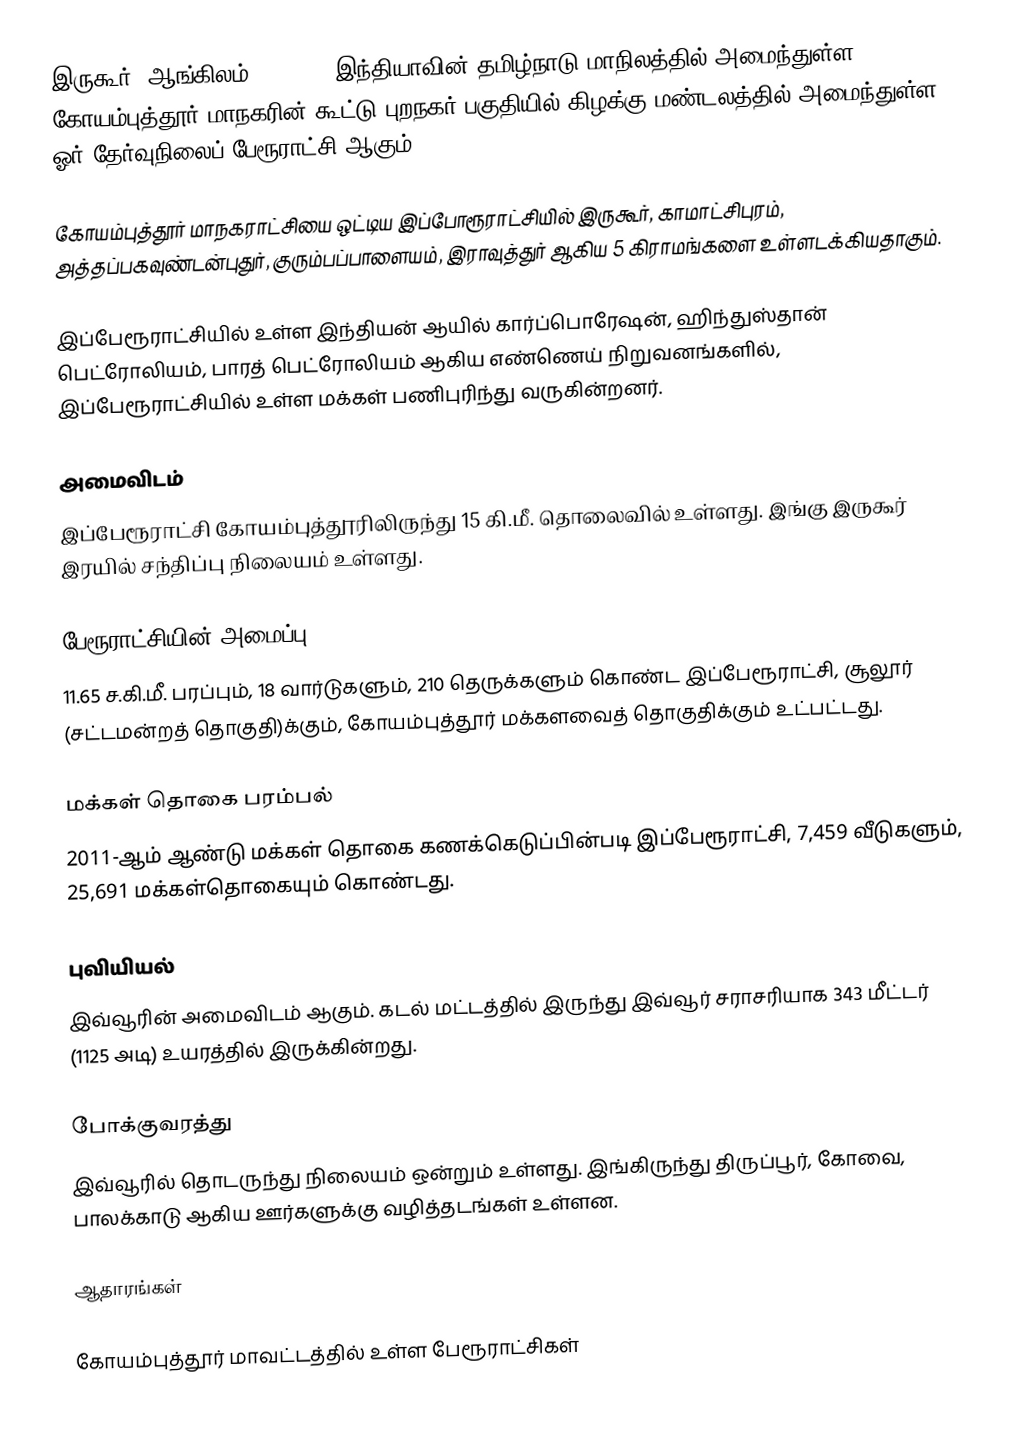
இருகூர் (ஆங்கிலம்:Irugur), இந்தியாவின் தமிழ்நாடு மாநிலத்தில் அமைந்துள்ள கோயம்புத்தூர் மாநகரின் கூட்டு புறநகர் பகுதியில் கிழக்கு மண்டலத்தில் அமைந்துள்ள ஓர் தேர்வுநிலைப் பேரூராட்சி ஆகும்.

கோயம்புத்தூர் மாநகராட்சியை ஒட்டிய இப்போரூராட்சியில் இருகூர், காமாட்சிபுரம், அத்தப்பகவுண்டன்புதுர், குரும்பப்பாளையம், இராவுத்துர் ஆகிய 5 கிராமங்களை உள்ளடக்கியதாகும்.

இப்பேரூராட்சியில் உள்ள இந்தியன் ஆயில் கார்ப்பொரேஷன், ஹிந்துஸ்தான் பெட்ரோலியம், பாரத் பெட்ரோலியம் ஆகிய எண்ணெய் நிறுவனங்களில், இப்பேரூராட்சியில் உள்ள மக்கள் பணிபுரிந்து வருகின்றனர்.

அமைவிடம்
இப்பேரூராட்சி கோயம்புத்தூரிலிருந்து 15 கி.மீ. தொலைவில் உள்ளது. இங்கு இருகூர் இரயில் சந்திப்பு நிலையம் உள்ளது.

பேரூராட்சியின் அமைப்பு
11.65 ச.கி.மீ. பரப்பும், 18 வார்டுகளும், 210 தெருக்களும்  கொண்ட இப்பேரூராட்சி, சூலூர் (சட்டமன்றத் தொகுதி)க்கும், கோயம்புத்தூர் மக்களவைத் தொகுதிக்கும் உட்பட்டது.

மக்கள் தொகை பரம்பல்
2011-ஆம் ஆண்டு மக்கள் தொகை கணக்கெடுப்பின்படி  இப்பேரூராட்சி, 7,459 வீடுகளும்,  25,691 மக்கள்தொகையும் கொண்டது.

புவியியல்
இவ்வூரின் அமைவிடம்  ஆகும். கடல் மட்டத்தில் இருந்து இவ்வூர் சராசரியாக 343 மீட்டர் (1125 அடி) உயரத்தில் இருக்கின்றது.

போக்குவரத்து
இவ்வூரில் தொடருந்து நிலையம் ஒன்றும் உள்ளது. இங்கிருந்து திருப்பூர், கோவை, பாலக்காடு ஆகிய ஊர்களுக்கு வழித்தடங்கள் உள்ளன.

ஆதாரங்கள்

கோயம்புத்தூர் மாவட்டத்தில் உள்ள பேரூராட்சிகள்